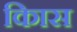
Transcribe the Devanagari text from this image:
किास